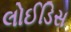
લોઈડિસ